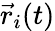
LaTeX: \vec{r}_{i}(t)